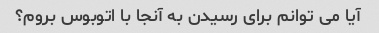
آیا می توانم برای رسیدن به آنجا با اتوبوس بروم؟